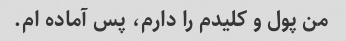
من پول و کلیدم را دارم، پس آماده ام.